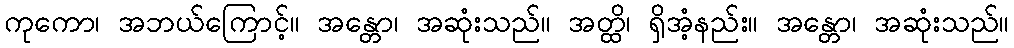
ကုကော၊ အဘယ်ကြောင့်။ အန္တော၊ အဆုံးသည်။ အတ္ထိ၊ ရှိအံ့နည်း။ အန္တော၊ အဆုံးသည်။